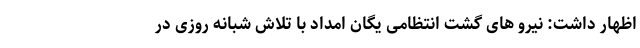
اظهار داشت: نیرو های گشت انتظامی یگان امداد با تلاش شبانه روزی در